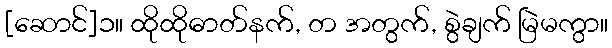
[ဆောင်]၁။ ထိုထိုဓာတ်နက်, တ အတွက်, စွဲချက် မြဲမကွာ။